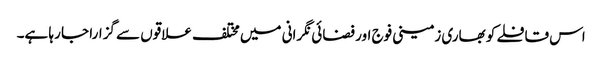
اس قافلے کو بھاری زمینی فوج اور فضائی نگرانی میں مختلف علاقوں سے گزارا جا رہا ہے۔